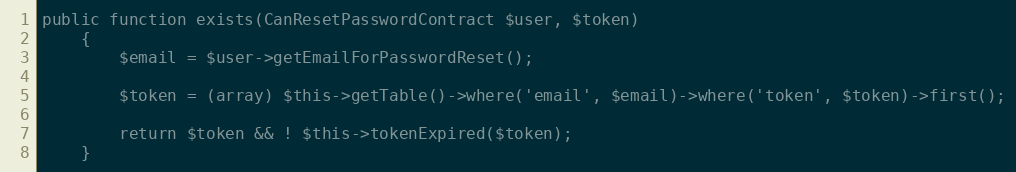
Language: PHP
public function exists(CanResetPasswordContract $user, $token)
	{
		$email = $user->getEmailForPasswordReset();

		$token = (array) $this->getTable()->where('email', $email)->where('token', $token)->first();

		return $token && ! $this->tokenExpired($token);
	}